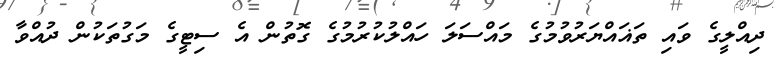
ދިއްލީގެ ވައި ތަޣައްޔަރުވުމުގެ މައްސަލަ ހައްލުކުރުމުގެ ގޮތުން އެ ސިޓީގެ މަގުތަކުން ދުއްވާ